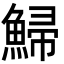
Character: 鯞